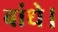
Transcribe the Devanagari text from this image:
बांधे।